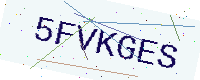
Text: 5FVKGES